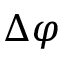
\Delta \varphi